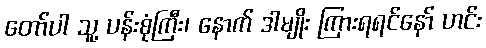
တော်ပါ သူ့ ပန်းစုံကြီး၊ နောက် ဒါမျိုး ကြားရရင်နော် ဟင်း